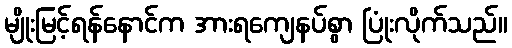
မျိုးမြင့်ရန်နောင်က အားရကျေနပ်စွာ ပြုံးလိုက်သည်။